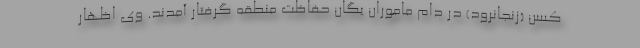
کسن (زنجانرود) در دام ماموران یگان حفاظت منطقه گرفتار آمدند. وی اظهار